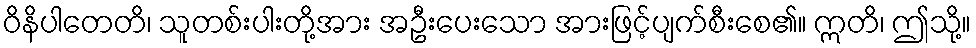
ဝိနိပါတေတိ၊ သူတစ်းပါးတို့အား အဦးပေးသော အားဖြင့်ပျက်စီးစေ၏။ ဣတိ၊ ဤသို့။